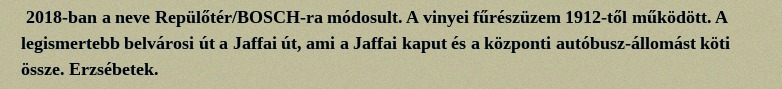
2018-ban a neve Repülőtér/BOSCH-ra módosult. A vinyei fűrészüzem 1912-től működött. A legismertebb belvárosi út a Jaffai út, ami a Jaffai kaput és a központi autóbusz-állomást köti össze. Erzsébetek.